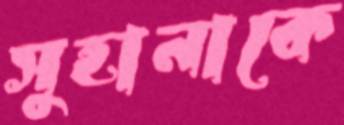
সুহানাকে